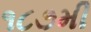
૧૮૭મી